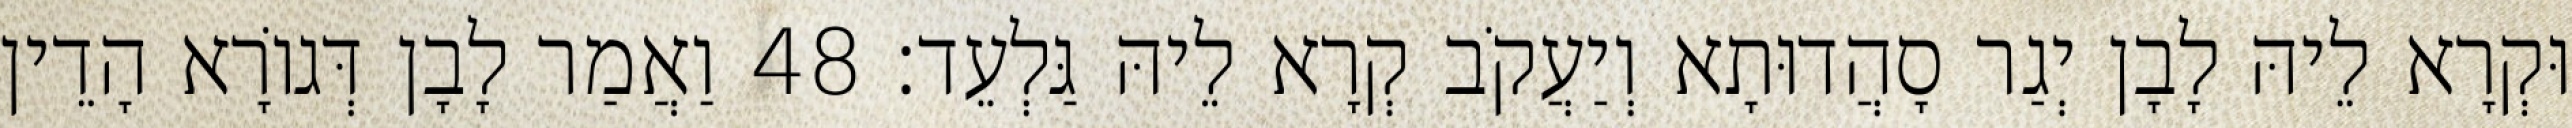
וּקְרָא לֵיהּ לָבָן יְגַר סָהֲדוּתָא וְיַעֲקֹב קְרָא לֵיהּ גַּלְעֵד׃ 48 וַאֲמַר לָבָן דְּגוֹרָא הָדֵין